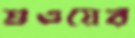
শুওয়ের